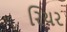
રિયર